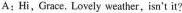
A: Hi,Grace, Lovely weather,isn't it?